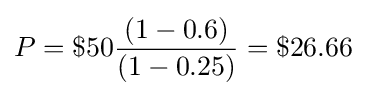
P=\$50{\frac {(1-0.6)}{(1-0.25)}}=\$26.66